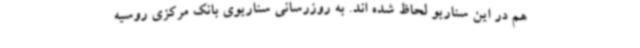
هم در این سناریو لحاظ شده اند. به روزرسانی سناریوی بانک مرکزی روسیه